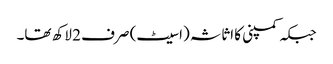
جبکہ کمپنی کا اثاثہ (اسیٹ) صرف 2 لاکھ تھا۔